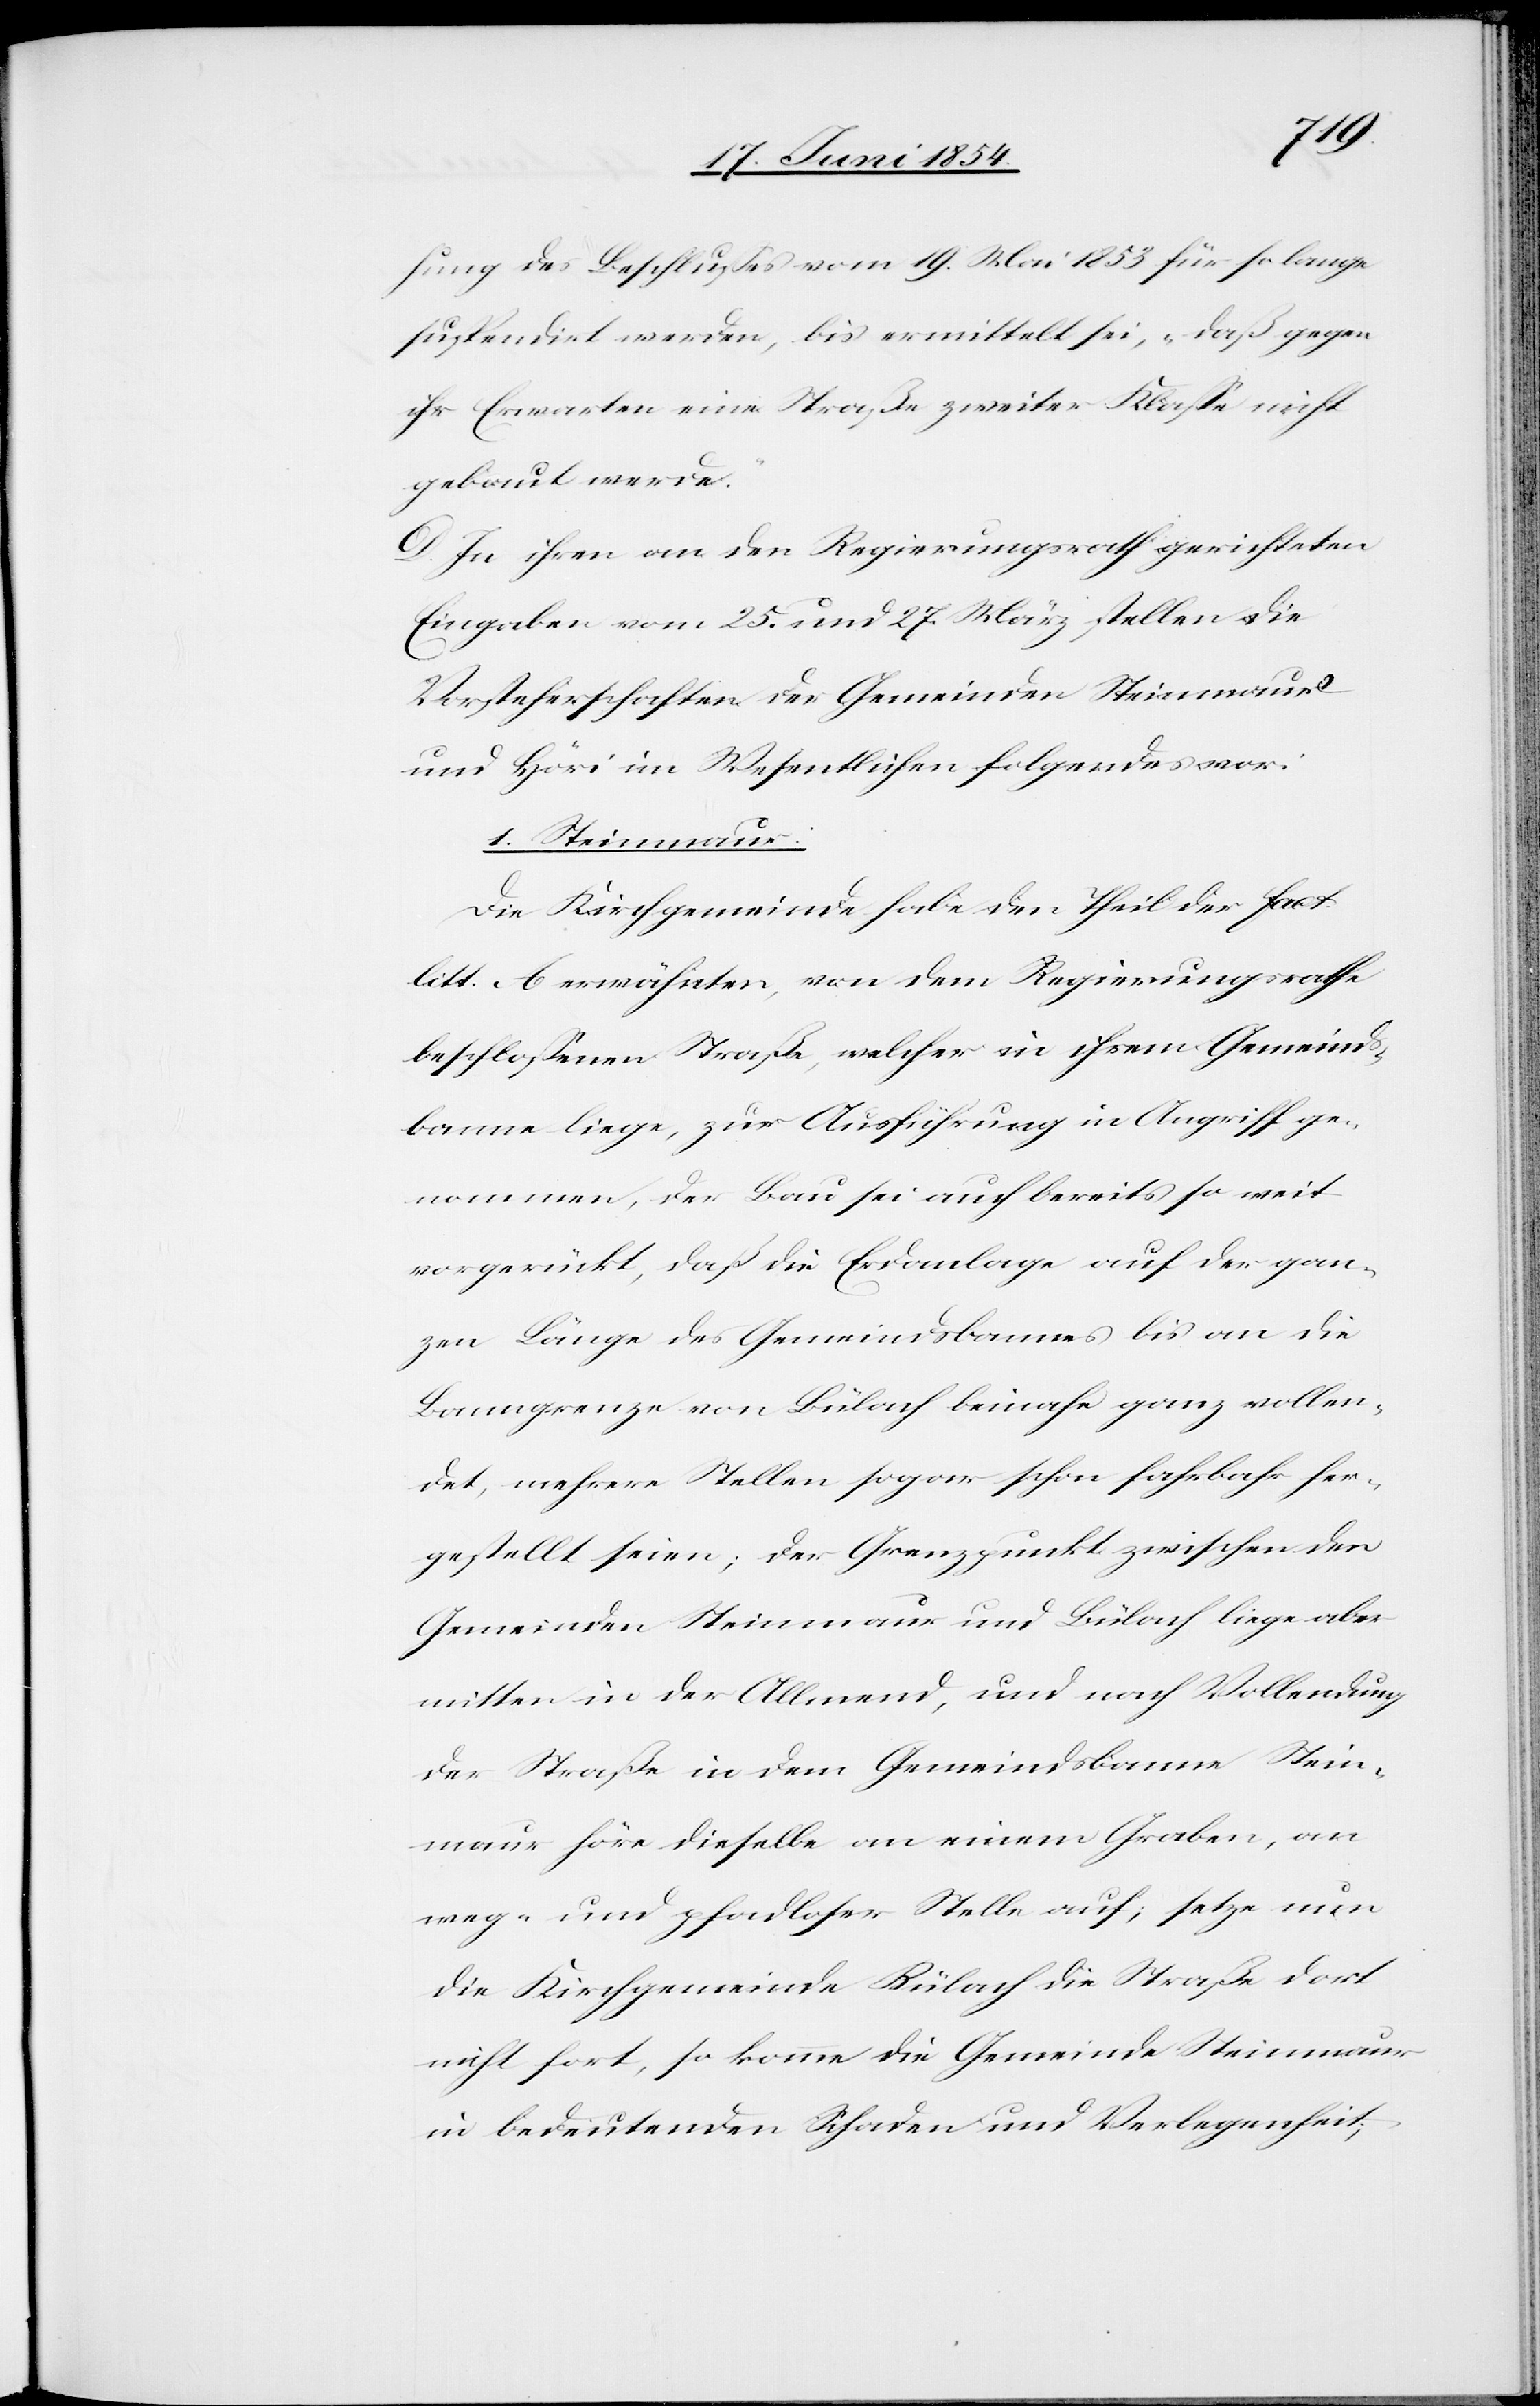
hung des Beschlußes vom 19. Mai 1853 für so lange
suspendirt werden, bis ermittelt sei, „daß gegen
ihr Erwarten eine Straße zweiter Klaße nicht
gebaut werde.“
D. In ihren an den Regierungsrath gerichteten
Eingaben vom 25. und 27. März stellen die
Vorsteherschaften der Gemeinde Steinmaur
und Höri im Wesentlichen folgendes vor:
1. Steinmaur:
Die Kirchgemeinde habe den Theil der fact.
litt. A erwähnten, von dem Regierungsrathe
beschloßenen Straße, welcher in ihrem Gemeinds¬
banne liege, zur Ausführung in Angriff ge¬
nommen, der Bau sei auch bereits so weit
vorgerückt, daß die Erdanlage auf der gan¬
zen Länge des Gemeindbannes bis an die
Banngrenze von Bülach beinahe ganz vollen¬
det, mehrere Stellen sogar schon fahrbahr her¬
gestellt seien; der Grenzpunkt zwischen den
Gemeinden Steinmaur und Bülach liege aber
mitten in der Allmend, und nach Vollendung
der Straße in dem Gemeindsbanne Stein¬
maur höre dieselbe an einem Graben, an
weg- und pfadloser Stelle auf; setze nun
die Kirchgemeinde Bülach die Straße dort
nicht fort, so komme die Gemeinde Steinmaur
in bedeutenden Schaden und Verlegenheit;